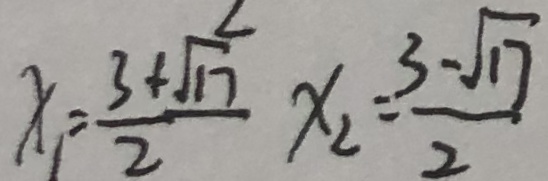
x _ { 1 } = \frac { 3 + \sqrt { 1 7 } } { 2 } x _ { 2 } = \frac { 3 - \sqrt { 1 7 } } { 2 }